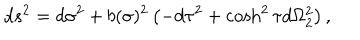
d s ^ { 2 } = d \sigma ^ { 2 } + b ( \sigma ) ^ { 2 } \left( - d \tau ^ { 2 } + \cosh ^ { 2 } \tau d \Omega _ { 2 } ^ { 2 } \right) ,